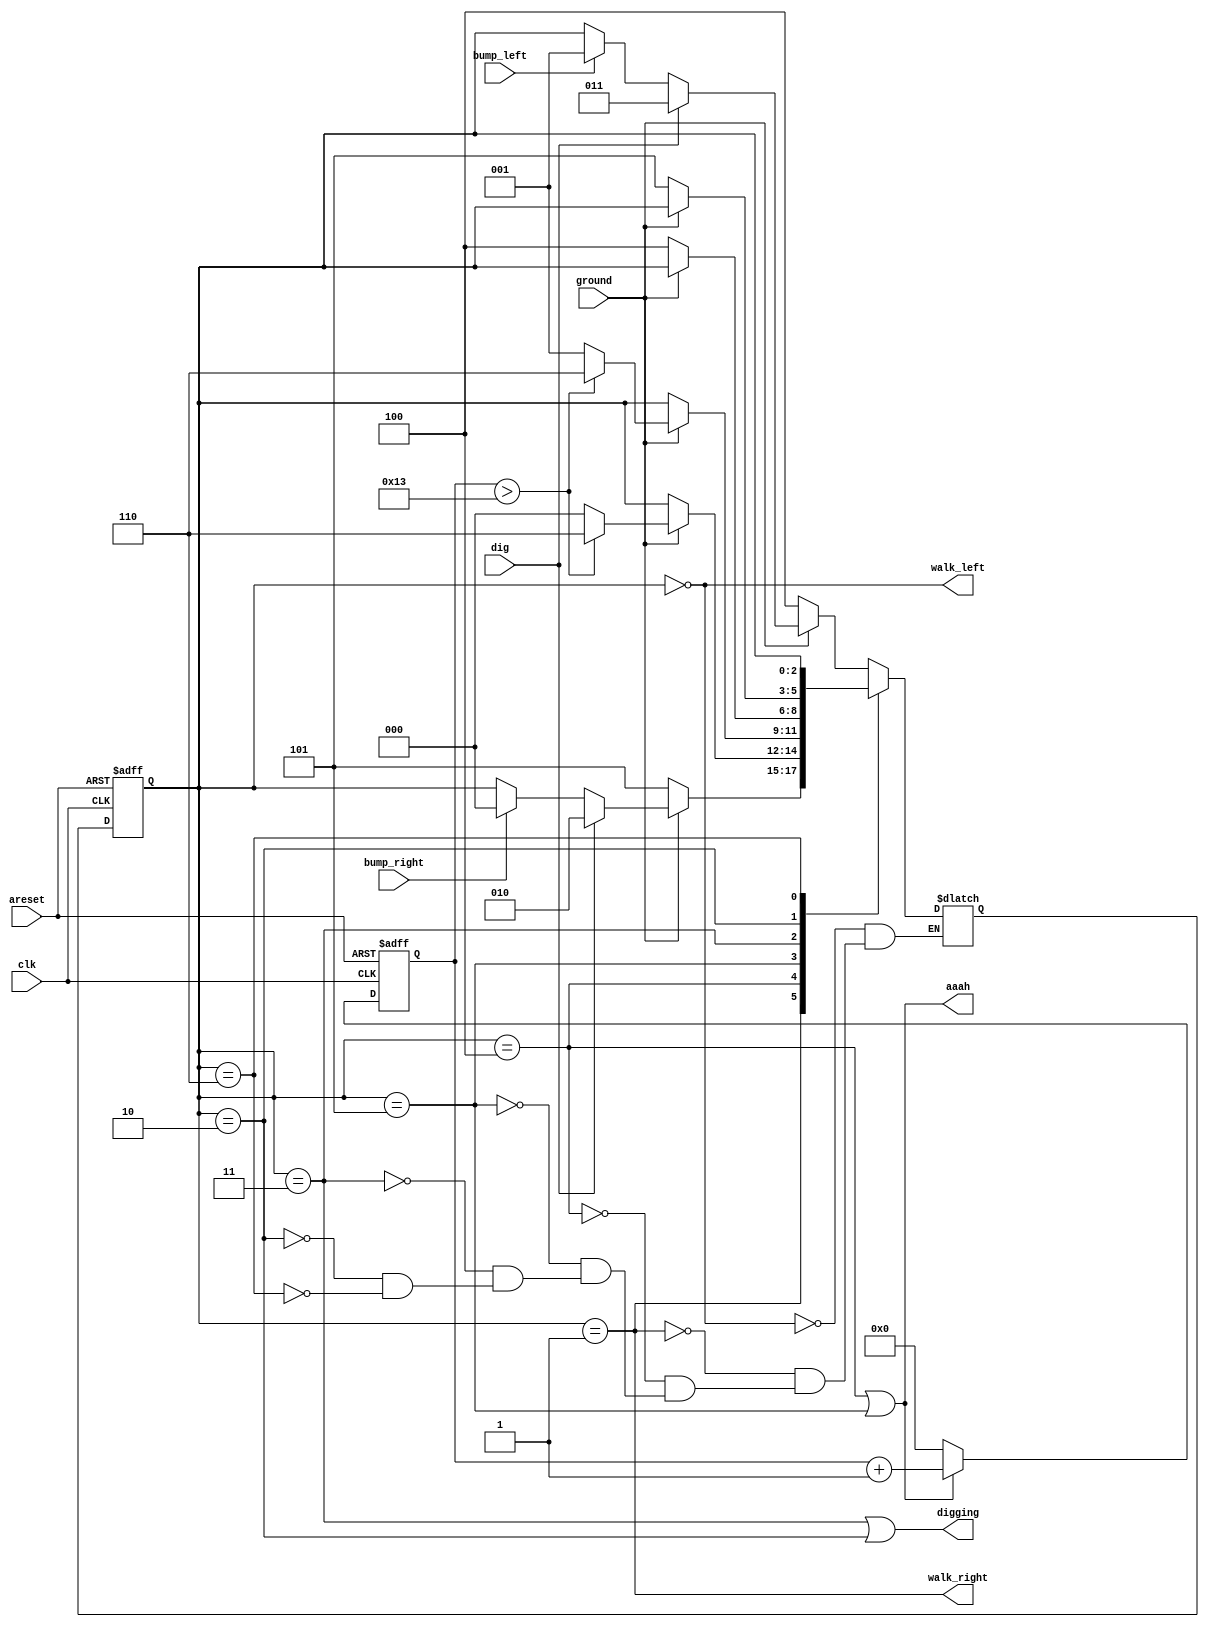
module top_module(
    input clk,
    input areset,    // Freshly brainwashed Lemmings walk left.
    input bump_left,
    input bump_right,
    input ground,
    input dig,
    output walk_left,
    output walk_right,
    output aaah,
    output digging ); 
    reg [2:0]state,next_state;
    reg [6:0]count=1;
    parameter [2:0]WALKLEFT=3'b000,
    WALKRIGHT=3'b001,
    DIGRIGHT=3'b010,
    DIGLEFT=3'b011,
    FALLLEFT=3'b100,
    FALLRIGHT=3'b101,
    SPLATTER=3'b110;
    always @(posedge clk or posedge areset)
        begin
            if(areset)
                begin
                count<=0;
                state<=WALKLEFT;
                end
               
                else
                begin
                    if(state==FALLLEFT||state==FALLRIGHT)
                        begin
                        count<=count+1;
                            state<=next_state;
                        end
                    else
                        begin
                            state<=next_state;
                            count<=0;
                        end
                end
                
            
        end
    always @(*)
        begin
            case(state)
                WALKLEFT: next_state=ground?(dig?DIGLEFT:(bump_left?WALKRIGHT:state)):FALLLEFT;
                WALKRIGHT:next_state=ground?(dig?DIGRIGHT:(bump_right?WALKLEFT:state)):FALLRIGHT;
                FALLLEFT:next_state=ground?((count>19)?SPLATTER:WALKLEFT):state;
                FALLRIGHT:next_state=ground?((count>19)?SPLATTER:WALKRIGHT):state;
                DIGLEFT:next_state=ground?state:FALLLEFT;
                DIGRIGHT:next_state=ground?state:FALLRIGHT;
                SPLATTER:next_state=state;
            endcase
        end
            assign walk_left=(state==WALKLEFT);
            assign walk_right=(state==WALKRIGHT);
    assign aaah=(state==FALLLEFT)||(state==FALLRIGHT);
            assign digging=(state==DIGLEFT)||(state==DIGRIGHT);
                
                
           

endmodule